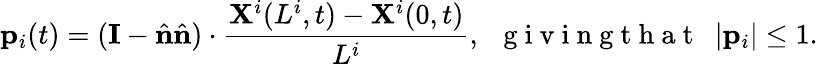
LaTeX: \mathbf p_{i}(t)=(\mathbf{I}-\hat{\mathbf{n}}\hat{\mathbf{n}})\cdot\frac{\mathbf{X}^{i}(L^{i},t)-\mathbf{X}^{i}(0,t)}{L^{i}},~~\mathrm{~g~i~v~i~n~g~t~h~a~t~}~~|\mathbf{p}_{i}|\leq 1.